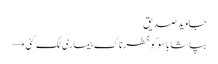
جاوید صدیق
بپاشا باسوکوخطرناک بیماری لگ گئی →